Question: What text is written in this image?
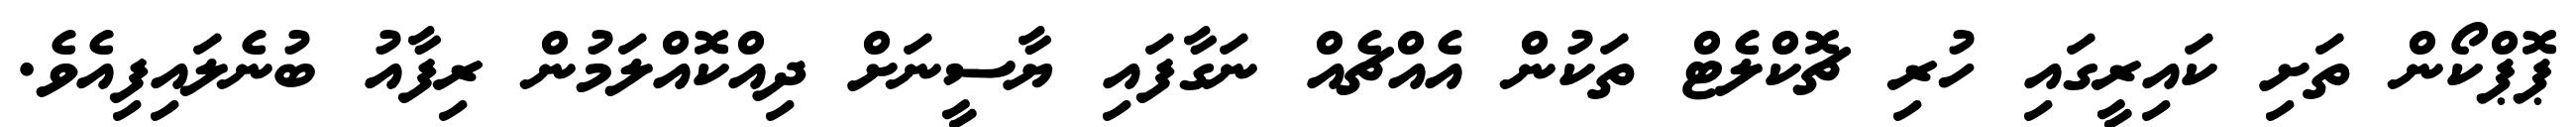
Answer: ޕޮޕްކޯން ތަށި ކައިރީގައި ހުރި ޗޮކްލެޓް ތަކުން އެއްޗެއް ނަގާފައި ޔާސީނަށް ދިއްކޮއްލަމުން ރިފާއު ބުނެލައިފިއެވެ.